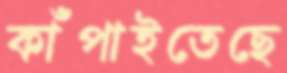
কাঁপাইতেছে